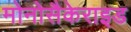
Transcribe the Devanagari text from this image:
मोनोसैकेराइड